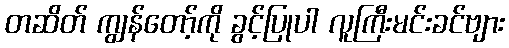
တဆိတ် ကျွန်တော့်ကို ခွင့်ပြုပါ လူကြီးမင်းခင်ဗျား